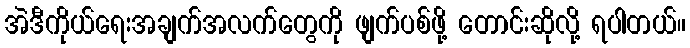
အဲဒီကိုယ်ရေးအချက်အလက်တွေကို ဖျက်ပစ်ဖို့ တောင်းဆိုလို့ ရပါတယ်။